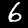
Digit: 6